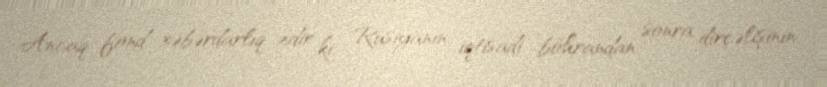
Ancaq fond xəbərdarlıq edir ki, Rusiyanın iqtisadi böhrandan sonra dirçəlişinin